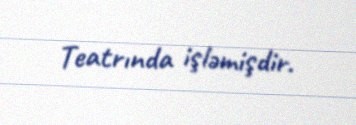
Teatrında işləmişdir.